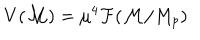
V ( { \cal M } ) = \mu ^ { 4 } { \cal F } ( { \cal M } / M _ { p } )